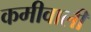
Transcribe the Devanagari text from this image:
कमीवाली